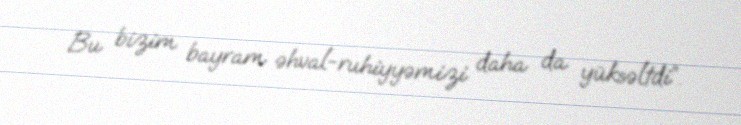
Bu bizim bayram əhval-ruhiyyəmizi daha da yüksəltdi”.